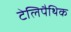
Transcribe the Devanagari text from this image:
टेलिपैथिक